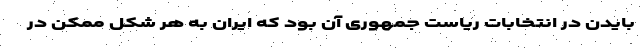
بایدن در انتخابات ریاست‌ جمهوری آن بود که ایران به هر شکل ممکن در